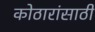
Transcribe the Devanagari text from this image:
कोठारांसाठी